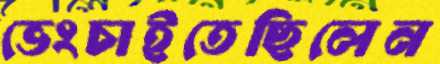
ভেংচাইতেছিলেন